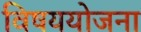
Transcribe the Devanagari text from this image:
विषययोजना